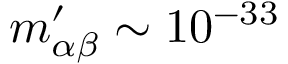
m _ { \alpha \beta } ^ { \prime } \sim 1 0 ^ { - 3 3 }